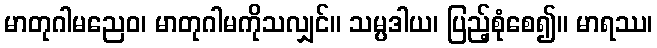
မာတုဂါမညေဝ၊ မာတုဂါမကိုသလျှင်။ သမ္ပဒါယ၊ ပြည့်စုံစေ၍။ မာရဿ၊